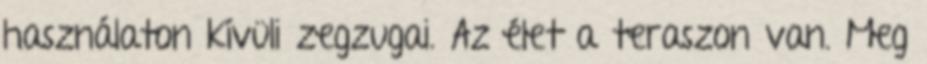
használaton kívüli zegzugai. Az élet a teraszon van. Meg